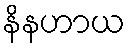
နိနဟာယ